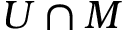
U \cap M